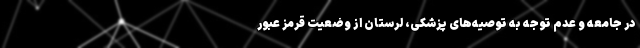
در جامعه و عدم توجه به توصیه‌های پزشکی، لرستان از وضعیت قرمز عبور